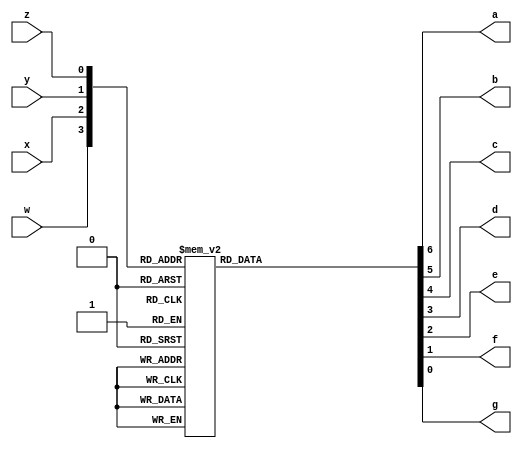
//Rolando Rosales 1001850424 - 4 bit binary to seven segment hex
module sevenseghex (
	input w, x, y, z,
	output reg a, b, c, d, e, f, g);
	always @ (w, c, y, z) begin
		case ({w, x, y, z})
			4'b0000: {a, b, c, d, e, f, g} = 7'b0000001; //0
			4'b0001: {a, b, c, d, e, f, g} = 7'b1001111; //1
			4'b0010: {a, b, c, d, e, f, g} = 7'b0010010; //2
			4'b0011: {a, b, c, d, e, f, g} = 7'b0000110; //3
			4'b0100: {a, b, c, d, e, f, g} = 7'b1001100; //4
			4'b0101: {a, b, c, d, e, f, g} = 7'b0100100; //5
			4'b0110: {a, b, c, d, e, f, g} = 7'b0100000; //6
			4'b0111: {a, b, c, d, e, f, g} = 7'b0001111; //7
			4'b1000: {a, b, c, d, e, f, g} = 7'b0000000; //8
			4'b1001: {a, b, c, d, e, f, g} = 7'b0001100; //9
			4'b1010: {a, b, c, d, e, f, g} = 7'b0001000; //A
			4'b1011: {a, b, c, d, e, f, g} = 7'b1100000; //b
			4'b1100: {a, b, c, d, e, f, g} = 7'b0110001; //C
			4'b1101: {a, b, c, d, e, f, g} = 7'b1000010; //d
			4'b1110: {a, b, c, d, e, f, g} = 7'b0110000; //E
			4'b1111: {a, b, c, d, e, f, g} = 7'b0111000; //F
		endcase
	end
endmodule